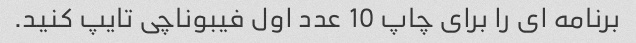
برنامه ای را برای چاپ 10 عدد اول فیبوناچی تایپ کنید.